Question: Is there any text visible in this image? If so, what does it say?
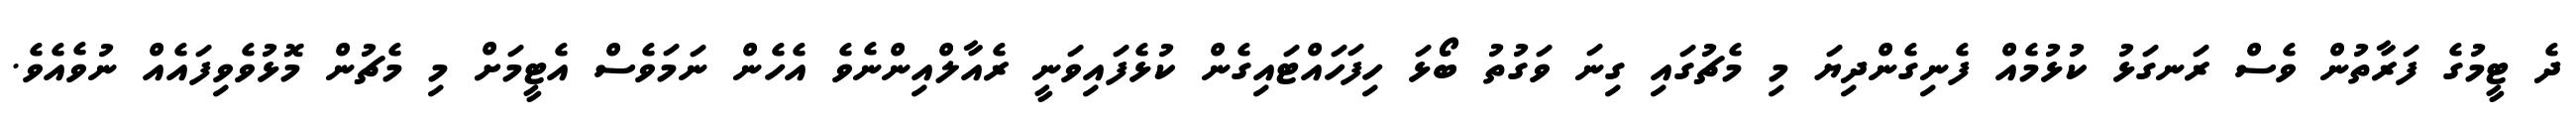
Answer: ދެ ޓީމުގެ ފަރާތުން ވެސް ރަނގަޅު ކުޅުމެއް ފެނިގެންދިޔަ މި މެޗުގައި ގިނަ ވަގުތު ބޯޅަ ހިފަހައްޓައިގެން ކުޅެފައިވަނީ ރެއާލްއިންނެވެ އެހެން ނަމަވެސް އެޓީމަށް މި މެޗުން މޮޅުވެވިފައެއް ނުވެއެވެ.